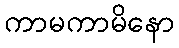
ကာမကာမိနော